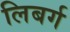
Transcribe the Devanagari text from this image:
लिबर्ग